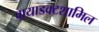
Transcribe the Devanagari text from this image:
वायाडक्टशामिल